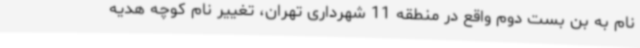
نام به بن بست دوم واقع در منطقه 11 شهرداری تهران، تغییر نام کوچه هدیه